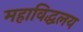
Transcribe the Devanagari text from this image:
महाविद्धलय